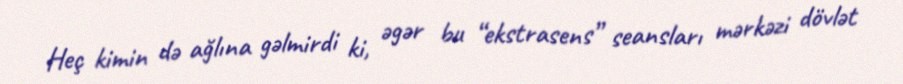
Heç kimin də ağlına gəlmirdi ki, əgər bu “ekstrasens” seansları mərkəzi dövlət